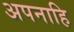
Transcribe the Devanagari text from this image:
अपनाहि